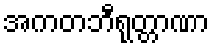
အကတဘီရုတ္တာဏာ